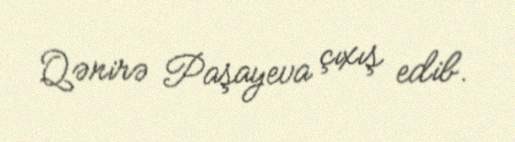
Qənirə Paşayeva çıxış edib.